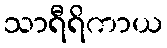
သာရီရိကာယ